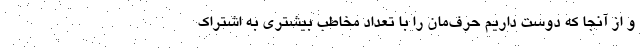
و از آنجا که دوست داریم حرف‌مان را با تعداد مخاطب بیشتری به اشتراک